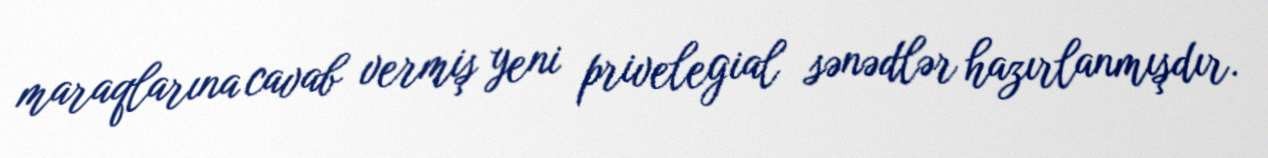
maraqlarına cavab vermiş yeni privelegial sənədlər hazırlanmışdır.